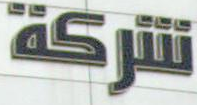
شركة